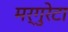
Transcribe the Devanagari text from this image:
मर्गुरेटा